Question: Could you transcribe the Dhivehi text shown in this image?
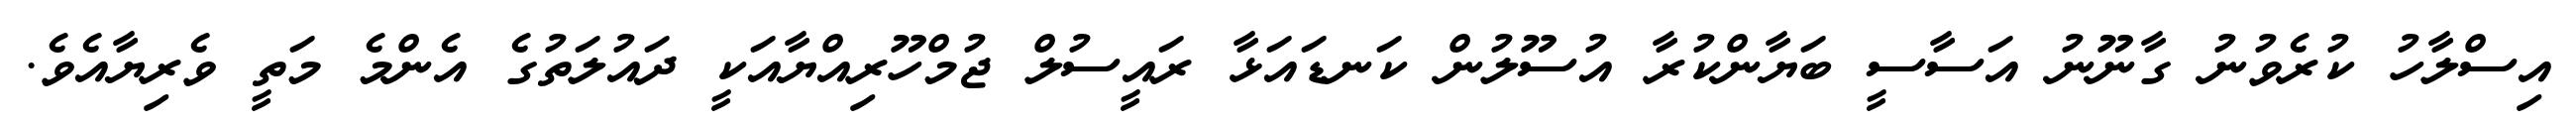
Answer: އިސްލާހު ކުރެވުނު ގާނޫނު އަސާސީ ބަޔާންކުރާ އުސޫލުން ކަނޑައަޅާ ރައީސުލް ޖުމްހޫރިއްޔާއަކީ ދައުލަތުގެ އެންމެ މަތީ ވެރިޔާއެވެ.